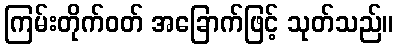
ကြမ်းတိုက်ဝတ် အခြောက်ဖြင့် သုတ်သည်။